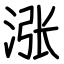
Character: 涨